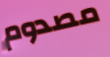
مصدوم